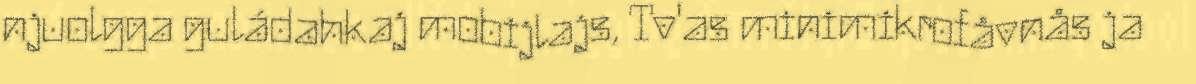
njuolgga guládahkaj mobijlajs, Tv'as minimikrofåvnås ja